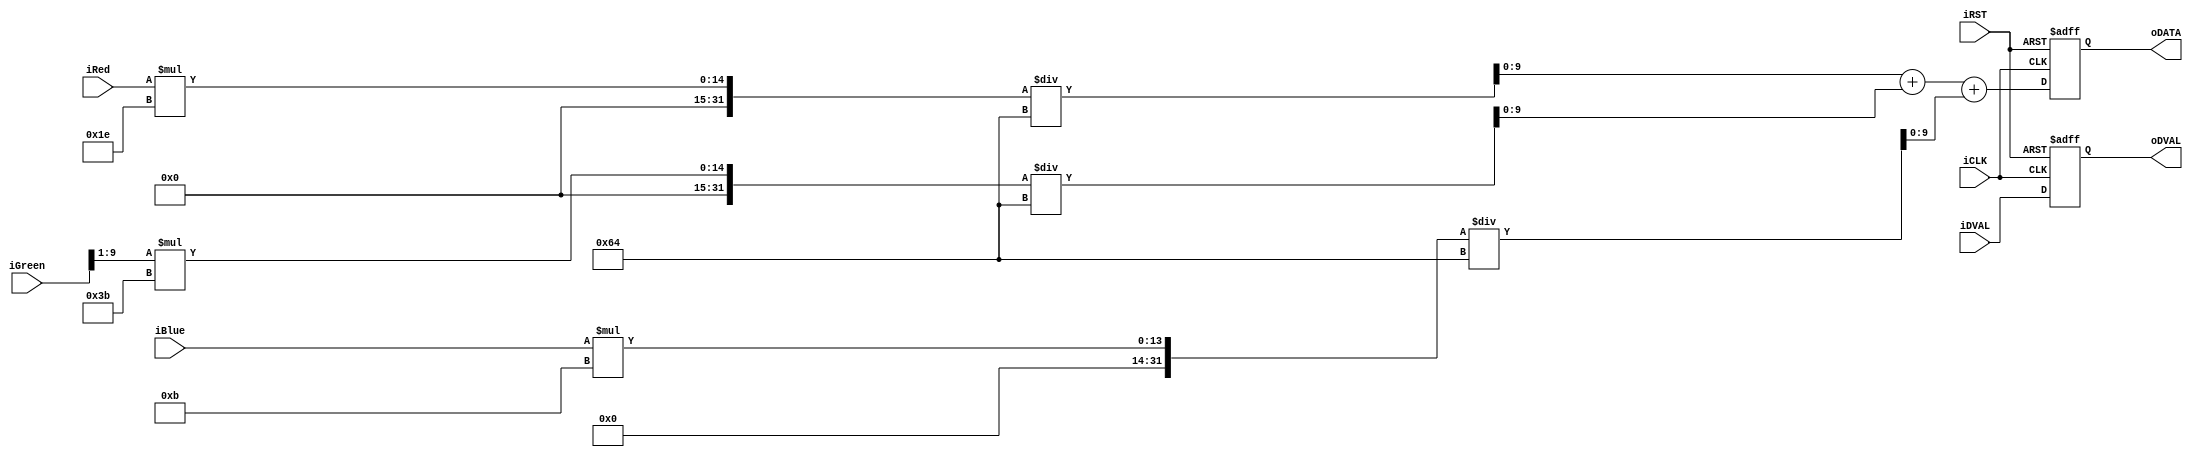
module RGB2GRAY(
        oDVAL,
        oDATA,
        iRed,
        iGreen,
        iBlue,
        iCLK,
        iRST,
        iDVAL
		);
input			iDVAL;
input			iCLK;
input			iRST;
output reg[9:0]	oDATA;
output reg		oDVAL;

input		[9:0]	iRed;
input		[9:0]	iGreen;
input		[9:0]	iBlue;

always@(posedge iCLK or negedge iRST)
begin
  if(!iRST)
    begin
	  oDVAL   <= 0;
      oDATA   <= 10'b0;
    end
  else
    begin
	  oDVAL   <= iDVAL;
	  oDATA   <= ((iRed[9:0] * 30) /100) + ((iGreen[9:1] * 59)/100) + ((iBlue[9:0] * 11)/100);
    end
end
endmodule